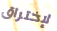
لإختراق